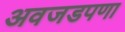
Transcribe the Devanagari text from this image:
अवजडपणा